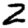
Digit: 2